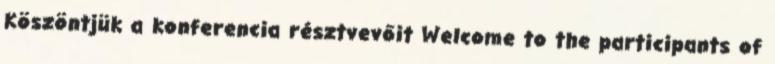
Köszöntjük a konferencia résztvevőit Welcome to the participants of